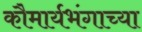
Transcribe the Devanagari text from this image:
कौमार्यभंगाच्या